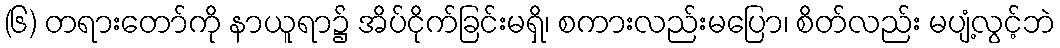
(၆) တရားတော်ကို နာယူရာ၌ အိပ်ငိုက်ခြင်းမရှိ၊ စကားလည်းမပြော၊ စိတ်လည်း မပျံ့လွင့်ဘဲ